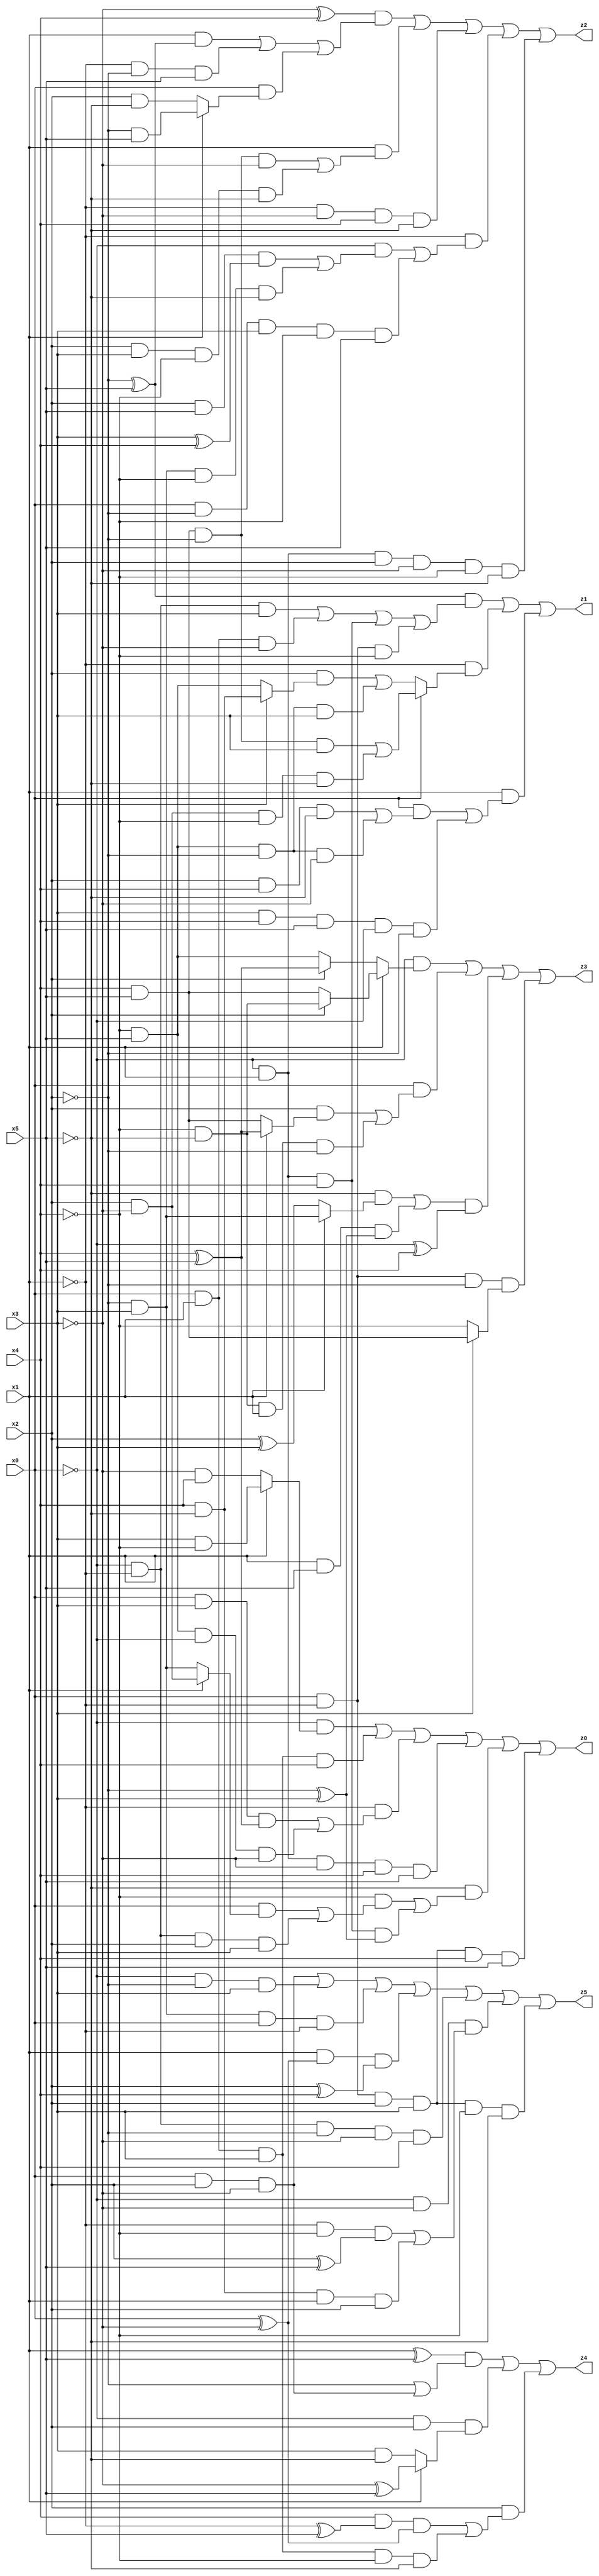
// Benchmark "X_43" written by ABC on Wed Jun 07 23:38:29 2023

module X_43 ( 
    x0, x1, x2, x3, x4, x5,
    z0, z1, z2, z3, z4, z5  );
  input  x0, x1, x2, x3, x4, x5;
  output z0, z1, z2, z3, z4, z5;
  assign z0 = (~x0 & (x1 ? (x3 & ~x4) : (~x3 & x4))) | (x0 & x1 & x3 & x4) | (~x1 & ((x0 & x3 & (x4 ^ x5)) | (~x4 & x5 & ~x0 & ~x3))) | (~x0 & x1 & ~x3 & x4 & x5) | (~x5 & ((~x4 & ((x0 & (x1 ? (x2 & ~x3) : (~x2 & x3))) | (~x0 & ~x1 & x2 & x3))) | (~x0 & x1 & x4 & (~x2 ^ x3)))) | (x0 & ~x1 & x2 & x3 & x4 & x5);
  assign z1 = ((~x2 ^ x5) & ((~x0 & ~x1 & x3) | (x0 & x1 & ~x3) | (~x0 & x1 & x4) | (x0 & ~x1 & ~x4))) | (~x1 & (x0 ? ((x4 & x5 & ~x2 & x3) | (x2 & ~x3 & ~x4 & ~x5)) : ((x2 & (x3 ? (x4 & ~x5) : (~x4 & x5))) | (~x4 & x5 & ~x2 & x3)))) | (x1 & ((x0 & ((x2 & x4 & ~x5) | (~x4 & x5 & ~x2 & ~x3))) | (x3 & x4 & x5 & ~x0 & ~x2)));
  assign z2 = ((~x3 ^ x4) & ((x1 & (~x2 ^ x5)) | (~x1 & ~x2 & x5) | (x0 & (x1 ? (~x2 & x5) : (x2 & ~x5))))) | (x1 & ((x4 & x5 & ~x2 & ~x3) | (x2 & x3 & ~x4 & ~x5))) | (~x1 & ~x3 & x4 & ~x5) | (~x1 & ((~x0 & ((x2 & x5 & (x3 ^ x4)) | (~x2 & x3 & ~x4 & ~x5))) | (x0 & ~x2 & x3 & ~x4 & x5))) | (~x0 & x1 & x2 & ~x3 & ~x4 & ~x5);
  assign z3 = (~x0 & (x1 ? (x2 ? (~x4 & ~x5) : (x4 & x5)) : (x2 ? (x4 ^ x5) : (~x4 & x5)))) | (x0 & ((x2 & (x1 ? (x4 ^ x5) : (x4 & x5))) | (~x4 & ~x5 & x1 & ~x2))) | (((~x5 & (x1 ? (~x2 & x3) : (x2 ^ x3))) | (x1 & x5 & (~x2 ^ x3))) & (~x0 ^ x4)) | (x0 & ~x1 & ~x2 & (x3 ? (x4 & x5) : ~x4));
  assign z4 = ((x1 ^ x5) & (~x2 | (x0 & x2 & ~x3))) | (~x0 & x2 & (x1 ? (~x3 ^ x5) : (x3 & ~x5))) | (x2 & ((x4 & (~x1 ^ x5) & (x0 ^ ~x3)) | (x0 & x1 & x3 & ~x4 & ~x5)));
  assign z5 = (x0 & x2 & ~x3) | (~x0 & ~x2 & x3) | (~x2 & x3 & x0 & ~x1) | (x1 & (x0 ^ ~x3) & (x2 ^ x4)) | (~x0 & ~x1 & ~x2 & ~x3 & x4) | (~x0 & ~x3 & ((~x1 & ~x4 & (x2 ^ x5)) | (x4 & ~x5 & x1 & x2))) | (x0 & ~x1 & x2 & x3 & ~x4 & ~x5);
endmodule